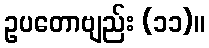
ဥပတောဗျည်း (၁၁)။